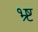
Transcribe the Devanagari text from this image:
भ्र्ष्ट